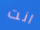
انت